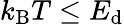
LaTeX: k_{\mathrm{B}}T\leq E_{\mathrm{d}}